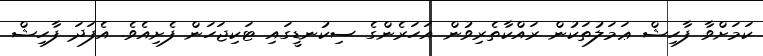
ކަމަށްވާ ފާހިޝް ޢަމަލުތަކުން ރައްކާތެރިވުން އަހަރެންގެ ސިކުނޑީގައި ޓަކިޖަހަން ފެށިއެވެ. އެފަދަ ފާހިޝް